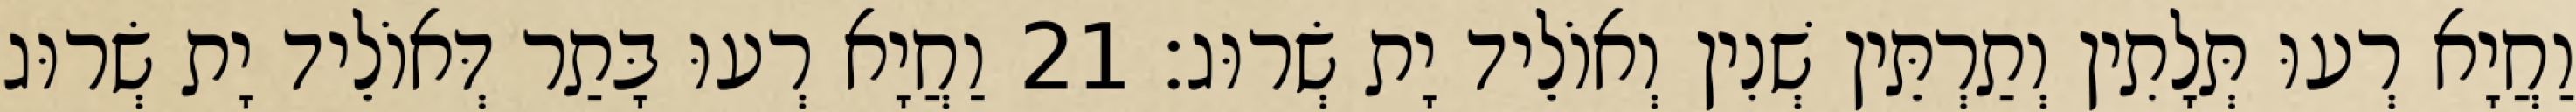
וַחֲיָא רְעוּ תְּלָתִין וְתַרְתֵּין שְׁנִין וְאוֹלֵיד יָת שְׂרוּג׃ 21 וַחֲיָא רְעוּ בָּתַר דְּאוֹלֵיד יָת שְׂרוּג